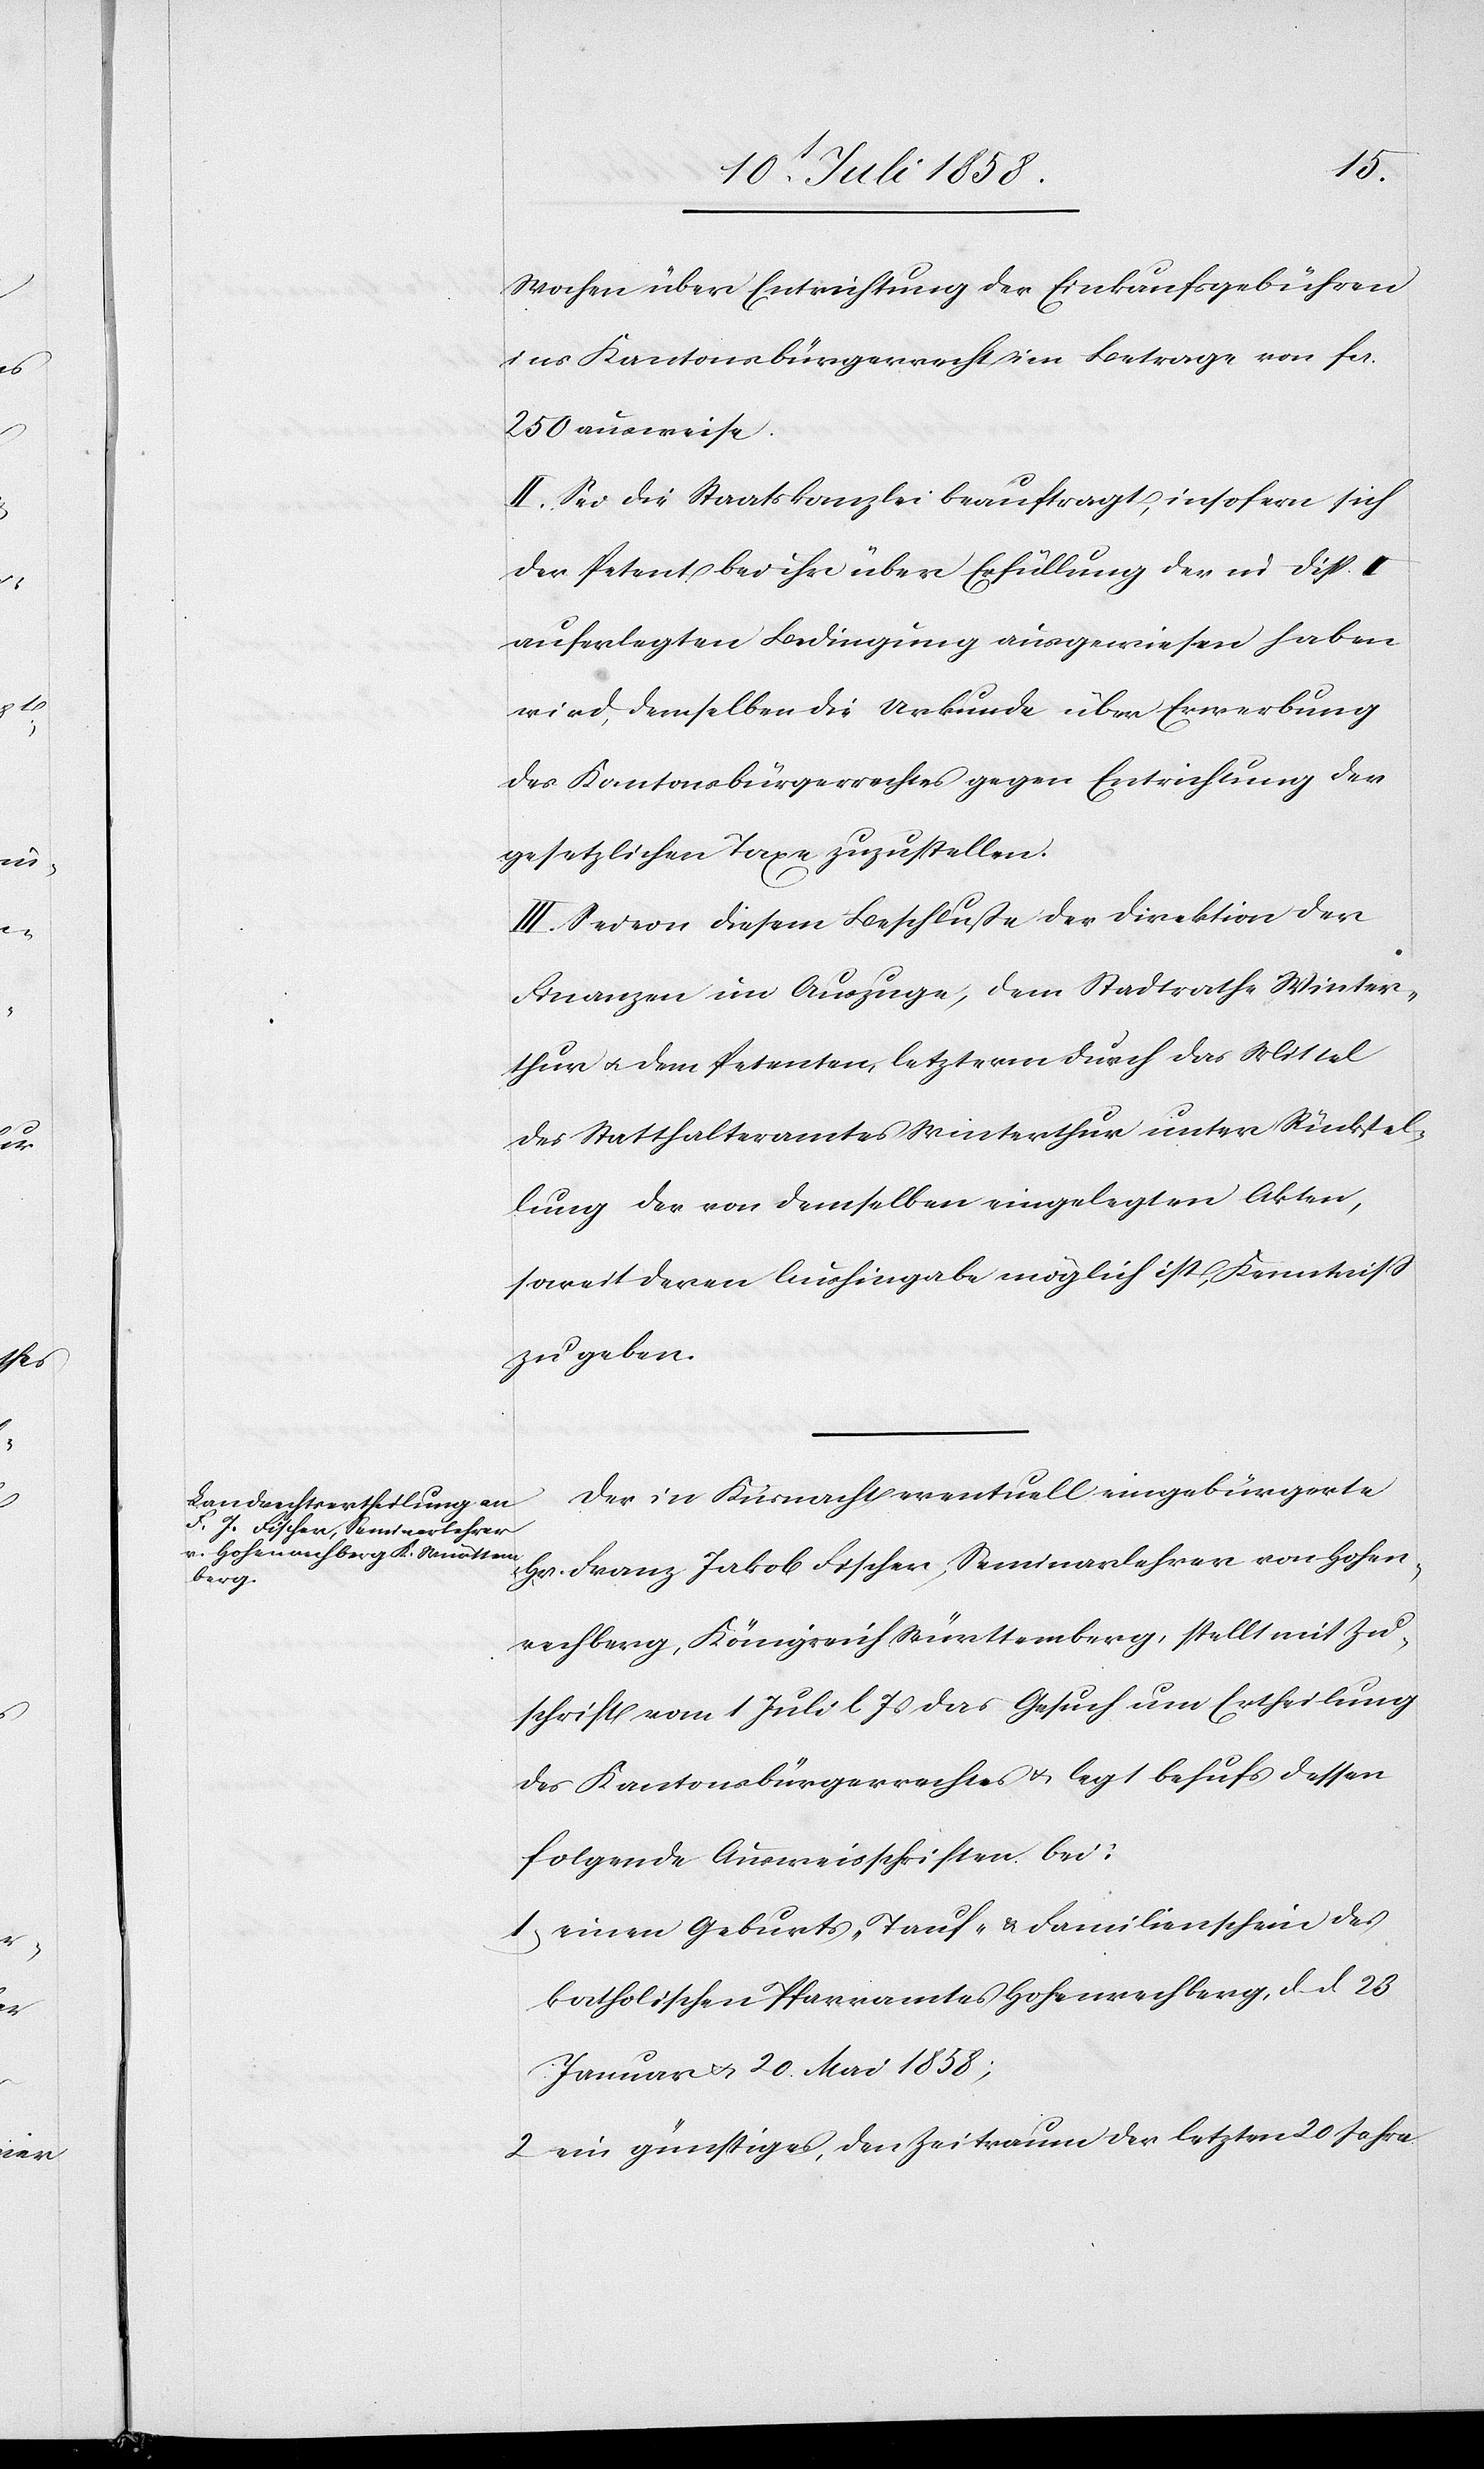
Wochen über Entrichtung der Einkaufsgebühren
ins Kantonsbürgerrecht im Betrage von Fcs.
250 ausweise.
II. Sei die Staatskanzlei beauftragt, insofern sich
der Petent bei ihr über Erfüllung der in Disp. I
auferlegten Bedingung ausgewiesen haben
wird, demselben die Urkunde über Erwerbung
des Kantonsbürgerrechtes gegen Entrichtung der
gesetzlichen Taxe zuzustellen.
III. Sei von diesem Beschluße der Direktion der
Finanzen im Auszuge, dem Stadtrathe Winter¬
thur & dem Petenten, letzterm durch das Mittel
des Statthalteramtes Winterthur unter Rücks[t]el¬
lung der von demselben eingelegten Akten,
soweit deren Aushingabe möglich ist, Kenntniss
zu geben.
Der in Küsnacht eventuell eingebürgerte
Hr. Franz Jakob Fischer, Seminarlehrer von Hohen¬
rechberg, Königreich Württemberg, stellt mit Zu¬
schrift vom 1 Juli l. Js das Gesuch um Ertheilung
des Kantonsbürgerrechtes & legt behufs dessen
folgende Ausweisschriften bei:
einen Geburts-[,] Tauf- & Familienschein des
katholischen Pfarramtes Hohenrechberg, d. d. 23
Januar & 20. Mai 1858;
ein günstiges, den Zeitraum der letzten 20 Jahre